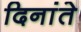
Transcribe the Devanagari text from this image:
दिनांते